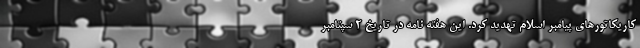
کاریکاتورهای پیامبر اسلام تهدید کرد. این هفته نامه در تاریخ ۲ سپتامبر